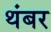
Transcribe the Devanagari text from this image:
थंबर